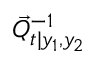
\vec { Q } _ { t \vert y _ { 1 } , y _ { 2 } } ^ { - 1 }